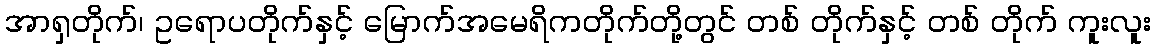
အာရှတိုက်၊ ဥရောပတိုက်နှင့် မြောက်အမေရိကတိုက်တို့တွင် တစ် တိုက်နှင့် တစ် တိုက် ကူးလူး